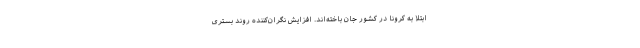
ابتلا به کرونا در کشور جان باخته‌اند. افزایش نگران‌کننده روند بستری